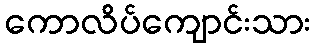
ကောလိပ်ကျောင်းသား